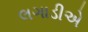
લગાડીએ